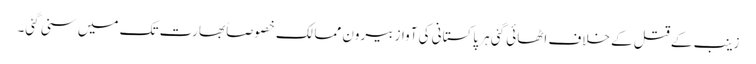
زینب کے قتل کے خلاف اٹھائی گئی ہر پاکستانی کی آواز بیرون ممالک خصوصاً بھارت تک میں سنی گئی۔